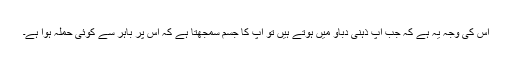
اس کی وجہ یہ ہے کہ جب آپ ذہنی دباؤ میں ہوتے ہیں تو آپ کا جسم سمجھتا ہے کہ اس پر باہر سے کوئی حملہ ہوا ہے۔